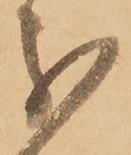
分